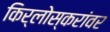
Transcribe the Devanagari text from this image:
किर्लोस्करांवर